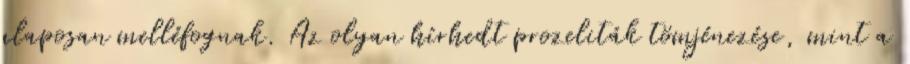
alaposan melléfognak. Az olyan hírhedt prozeliták tömjénezése, mint a